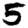
Digit: 5